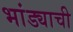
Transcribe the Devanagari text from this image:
भांड्याची